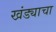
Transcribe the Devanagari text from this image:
खंड्याचा